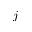
j